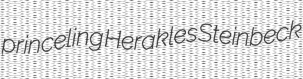
princeling Herakles Steinbeck